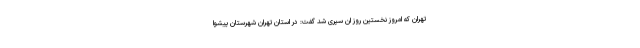
تهران که امروز نخستین روز ان سپری شد گفت: در استان تهران شهرستان پیشوا